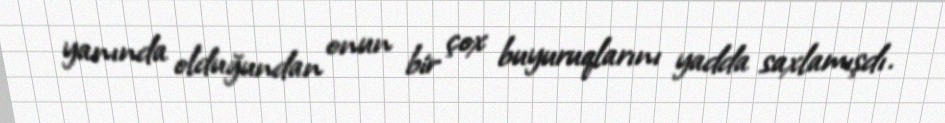
yanında olduğundan onun bir çox buyuruqlarını yadda saxlamışdı.